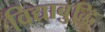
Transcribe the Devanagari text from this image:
विद्याबुद्धि